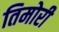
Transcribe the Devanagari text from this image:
तिमोरी